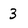
Character: 3